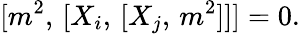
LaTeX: {\lbrack{m^{2}},\, \lbrack{X_{i}},\, \lbrack{X_{j}},\, {m^{2}}\rbrack\rbrack\rbrack}=0.